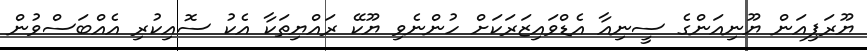
ޔޫރަޕިއަން ޔޫނިއަންގެ ސީނިއާ އެޑްވައިޒަރަކަށް ހުންނެވި ޔޫކޭ ރައްޔިތަކާ އެކު ސޮއިކުރި އެއްބަސްވުން